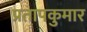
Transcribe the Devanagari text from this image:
प्रतापकुमार